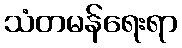
သံတမန်ရေးရာ